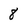
Character: 8